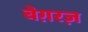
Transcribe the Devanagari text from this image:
बेग़रज़